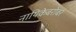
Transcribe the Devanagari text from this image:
नायिकेबरोबर